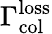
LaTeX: \Gamma_{\mathrm{col}}^{\mathrm{loss}}